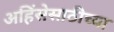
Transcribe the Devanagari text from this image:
अहिंसेसाठीच्या